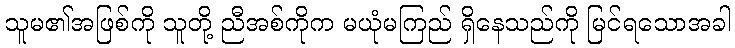
သူမ၏အဖြစ်ကို သူတို့ ညီအစ်ကိုက မယုံမကြည် ရှိနေသည်ကို မြင်ရသောအခါ